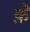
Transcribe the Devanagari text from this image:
क़ॆ